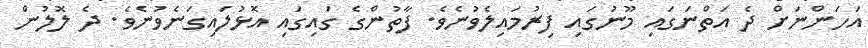
އަހަންނަށް ދެ އަތްނަގައި މޫނުގައި ފިރުމައިލެވުނެވެ. ފާތުންގެ ގައިގައި އޮޅުލައިގަނެވުނެވެ. ދެ ލޮލުން